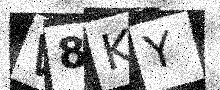
Text: W8KY